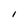
Character: l